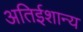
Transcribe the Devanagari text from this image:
अतिईशान्य